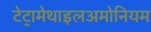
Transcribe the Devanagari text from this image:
टेट्रामेथाइलअमोनियम